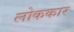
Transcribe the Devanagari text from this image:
लोककार